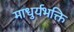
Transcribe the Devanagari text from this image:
माधुर्यभक्ति